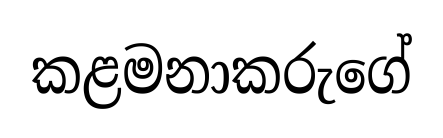
කළමනාකරුගේ